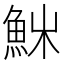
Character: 𩶚